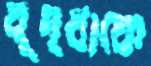
বৃদ্ধাকে